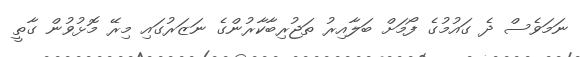
ނަމަވެސް ދެ ގައުމުގެ ފޯމަށް ބަލާއިރު ތަޖުރިބާކާރުންގެ ނަޒަރުގައި މިރޭ މޮޅުވުން ގާތީ